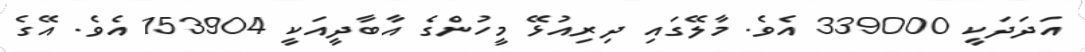
އަދަދަކީ 339000 އެވެ. މާލޭގައި ދިރިއުޅޭ މީހުންގެ އާބާދީއަކީ 153904 އެވެ. އޭގެ